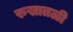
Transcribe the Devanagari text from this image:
रुखातळी